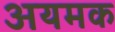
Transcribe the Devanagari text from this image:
अयमक